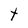
Character: t